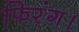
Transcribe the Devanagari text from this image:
फिरंग।